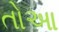
તોઆ